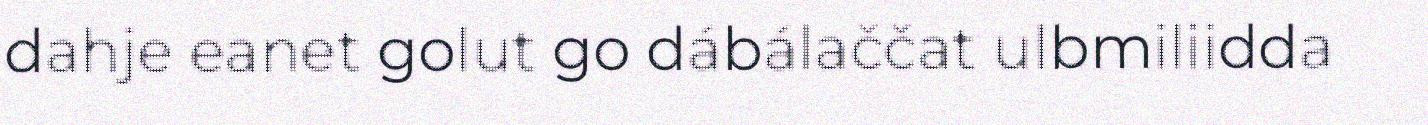
dahje eanet golut go dábálaččat ulbmiliidda